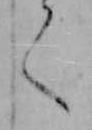
く